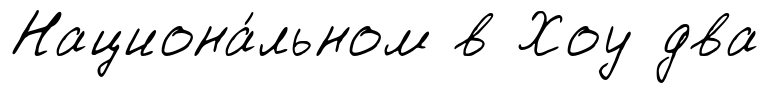
Национа́льном в Хоу два